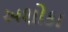
અશોકા